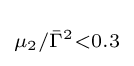
\scriptstyle \mu _{2}/{\bar {\Gamma }}^{2}<0.3